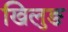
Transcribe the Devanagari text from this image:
खिलुङ